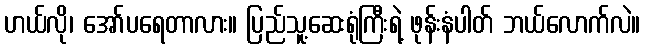
ဟယ်လို၊ အော်ပရေတာလား။ ပြည်သူ့ဆေးရုံကြီးရဲ့ ဖုန်းနံပါတ် ဘယ်လောက်လဲ။